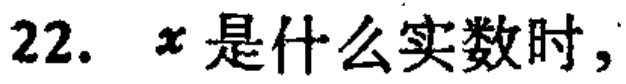
22. \(x\)是什么实数时，